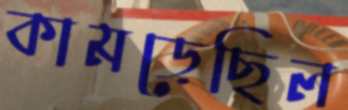
কামড়েছিল